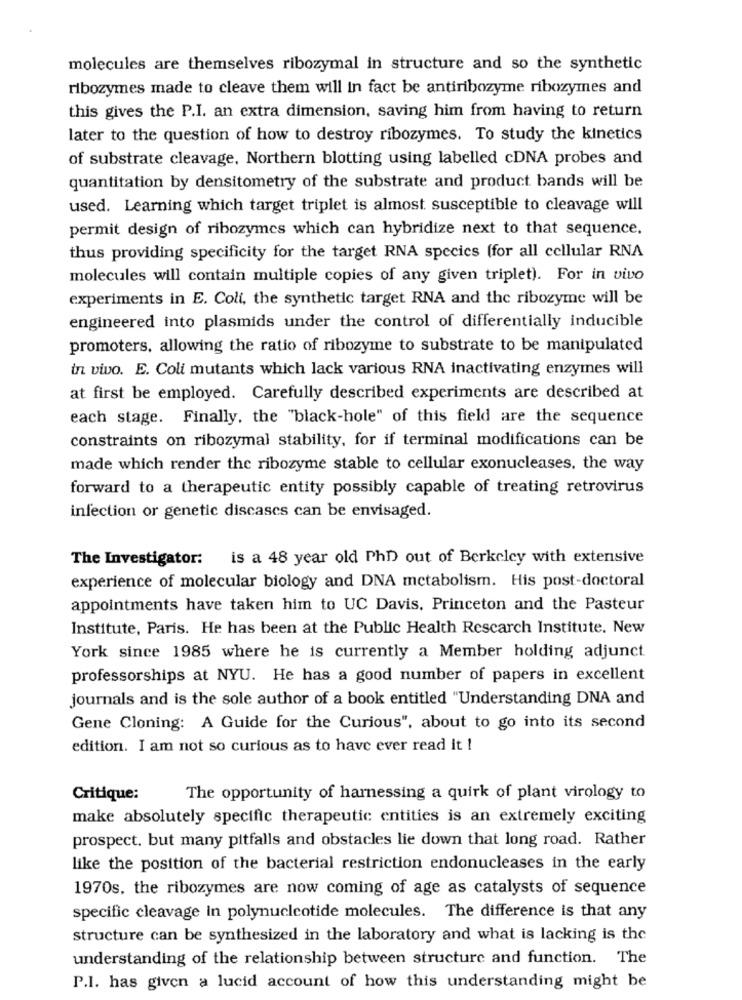
molecules are themselves ribozymal in structure and so the synthetic
ribozymes made to cleave them will in fact be antiribozyme ribozymes and
this gives the P.I. an extra dimension, saving him from having to return
later to the question of how to destroy ribozymes. To study the kinetics
of substrate cleavage, Northern blotting using labelled cDNA probes and
quantitation by densitometry of the substrate and product bands will be
used. Learning which target triplet is almost susceptible to cleavage will
permit design of ribozymes which can hybridize next to that sequence.
thus providing specificity for the target RNA species (for all cellular RNA
molecules will contain multiple copies of any given triplet). For in vivo
experiments in E. Coli, the synthetic target RNA and the ribozyme will be
engineered into plasmids under the control of differentially inducible
promoters, allowing the ratio of ribozyme to substrate to be manipulated
in vivo. E. Coli mutants which lack various RNA inactivating enzymes will
at first be employed. Carefully described experiments are described at
each stage. Finally, the "black-hole" of this field are the sequence
constraints on ribozymal stability, for if terminal modifications can be
made which render the ribozyme stable to cellular exonucleases, the way
forward to a therapeutic entity possibly capable of treating retrovirus
infection or genetic discases can be envisaged.
The Investigator: is a 48 year old PhD out of Berkeley with extensive
experience of molecular biology and DNA metabolism. His post-doctoral
appointments have taken him to UC Davis, Princeton and the Pasteur
Institute, Paris. He has been at the Public Health Rescarch Institute. New
York since 1985 where he is currently a Member holding adjunct.
professorships at NYU. He has a good number of papers in excellent
journals and is the sole author of a book entitled "Understanding DNA and
Gene Cloning: A Guide for the Curious", about to go into its second
edition. I am not so curious as to have ever read it !
Critique:
The opportunity of harnessing a quirk of plant virology to
make absolutely specific therapeutic entities is an extremely exciting
prospect. but many pitfalls and obstacles lie down that long road. Rather
like the position of the bacterial restriction endonucleases in the early
1970s. the ribozymes are now coming of age as catalysts of sequence
specific cleavage in polynucleotide molecules. The difference is that any
structure can be synthesized in the laboratory and what is lacking is the
understanding of the relationship between structure and function. The
P.I. has given a lucid account of how this understanding might be